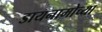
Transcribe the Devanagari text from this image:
डायनामोच्या